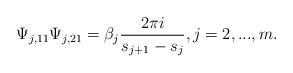
LaTeX: \begin{align*}\Psi_{j,11}\Psi_{j,21} = \beta_{j} \frac{2\pi i}{s_{j+1}-s_{j}}, j =2,...,m.\end{align*}